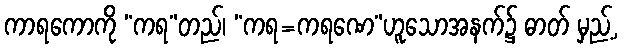
ကာရကောကို “ကရ”တည်၊ “ကရ=ကရဏေ”ဟူသောအနက်၌ ဓာတ် မှည့်,